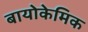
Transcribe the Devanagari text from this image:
बायोकेमिक